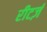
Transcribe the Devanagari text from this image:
रीटर्ज़